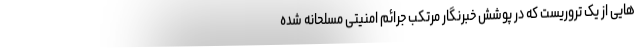
هایی از یک تروریست که در پوشش خبرنگار مرتکب جرائم امنیتی مسلحانه شده